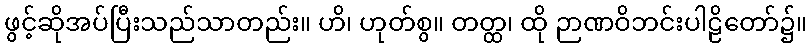
ဖွင့်ဆိုအပ်ပြီးသည်သာတည်း။ ဟိ၊ ဟုတ်စွ။ တတ္ထ၊ ထို ဉာဏဝိဘင်းပါဠိတော်၌။